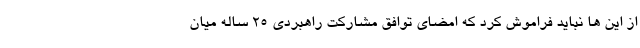
از این ها نباید فراموش کرد که امضای توافق مشارکت راهبردی 25 ساله میان